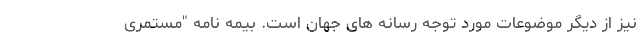
نیز از دیگر موضوعات مورد توجه رسانه های جهان است. بیمه نامه "مستمری